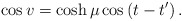
\begin{align*}\cos v=\cosh \mu \cos \left( t-t^{\prime }\right) .\end{align*}